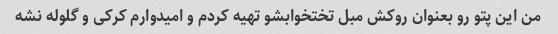
من این پتو رو بعنوان روکش مبل تختخوابشو تهیه کردم و امیدوارم کرکی و گلوله نشه